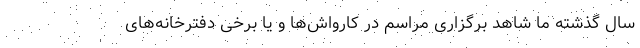
سال گذشته ما شاهد برگزاری مراسم در کارواش‌ها و یا برخی دفترخانه‌های